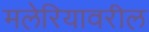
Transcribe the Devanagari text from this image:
मलेरियावरील